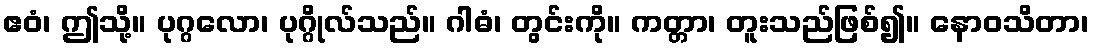
ဧဝံ၊ ဤသို့။ ပုဂ္ဂလော၊ ပုဂ္ဂိုလ်သည်။ ဂါဓံ၊ တွင်းကို။ ကတ္တာ၊ တူးသည်ဖြစ်၍။ နောဝသိတာ၊